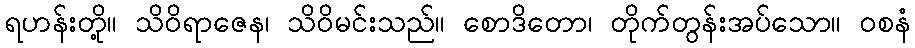
ရဟန်းတို့။ သိဝိရာဇေန၊ သိဝိမင်းသည်။ စောဒိတော၊ တိုက်တွန်းအပ်သော။ ဝစနံ